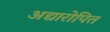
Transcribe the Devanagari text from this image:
अद्यारोपित